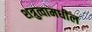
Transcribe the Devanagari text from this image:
शत्रुत्वामधील